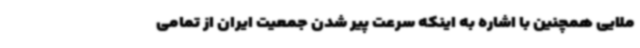
ملایی همچنین با اشاره به اینکه سرعت پیر شدن جمعیت ایران از تمامی